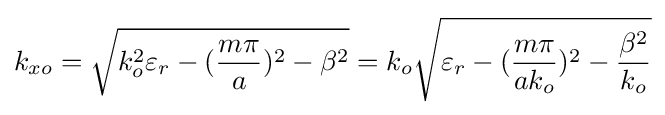
k_{xo}={\sqrt {{k_{o}^{2}\varepsilon _{r}}-({\frac {m\pi }{a}})^{2}-\beta ^{2}}}=k_{o}{\sqrt {\varepsilon _{r}-({\frac {m\pi }{ak_{o}}})^{2}-{\frac {\beta ^{2}}{k_{o}}}}}